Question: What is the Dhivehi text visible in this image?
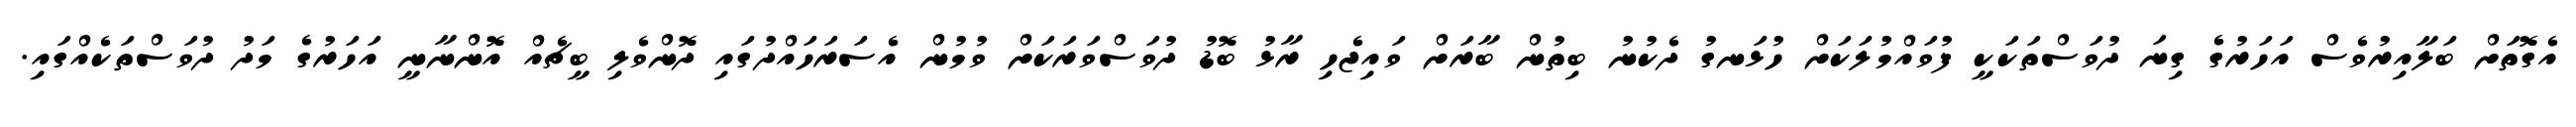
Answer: އެގޮތަށް ބަލާއިރުވެސް އަހަރުގެ ގިނަ ދުވަސްތަކަކީ ފުވައްމުލަކަށް ހުޅަނގު ދެކުނު ބިތުން ބާރަށް ވައިޖެހި ރާޅު ބޮޑު ދުވަސްވަރަކަށް ވުމުން އެސަރަހައްދުގައި ދޮންވެލި ބީޗެއް އޮންނާނީ އަހަރުގެ މަދު ދުވަސްތަކެއްގައި.